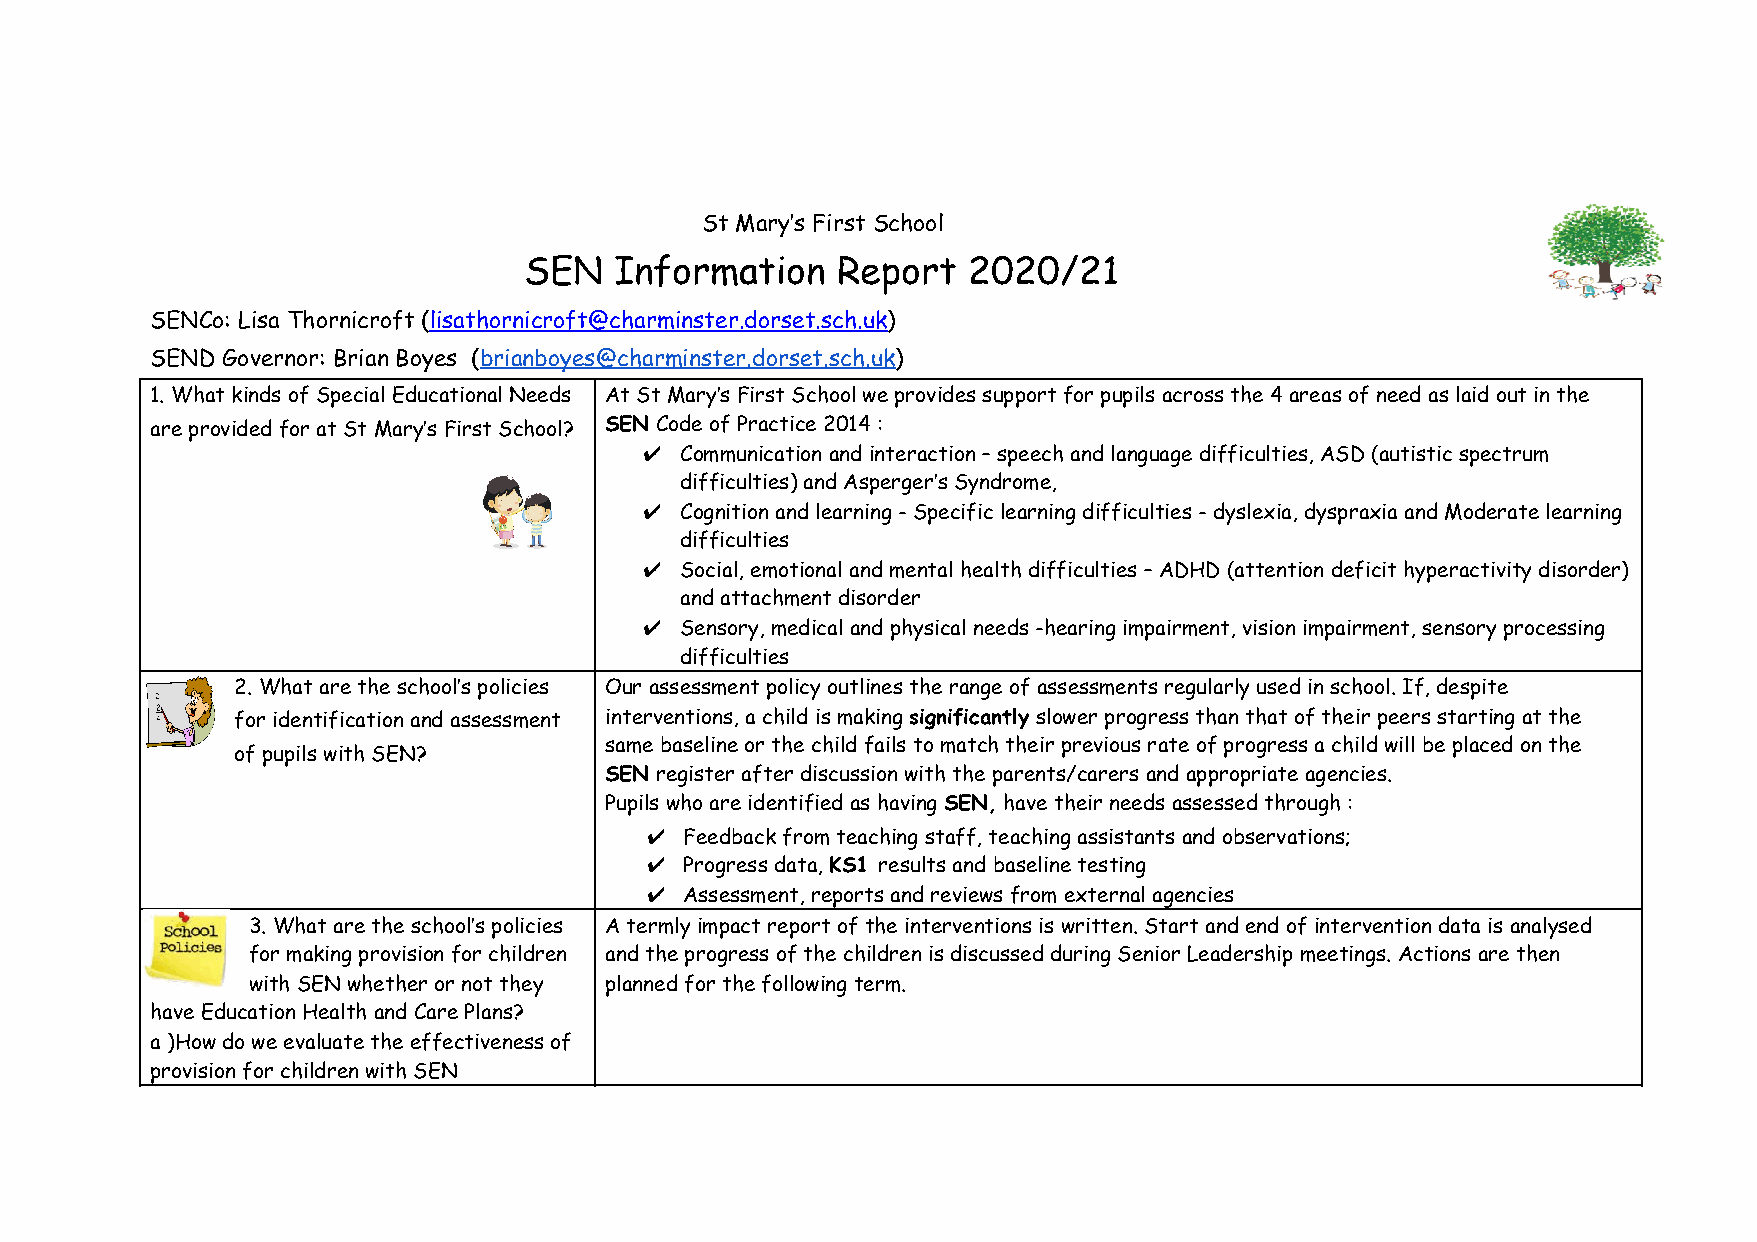
St Mary’s First School
 SEN   Information   Report   2020/21
 SENCo: Lisa Thornicroft (lisathornicroft@charminster.dorset.sch.uk)
 ​                              ​
 SEND Governor: Brian Boyes (brianboyes@charminster.dorset.sch.uk)
 ​                          ​
 1. What kinds of Special Educational Needs At St Mary’s First School we provides support for pupils across the 4 areas of need as laid out in the
 are provided for at St Mary’s First School? SEN ​ Code of Practice 2014 :
 ✔ Communication and interaction – speech and language difficulties, ASD (autistic spectrum
 difficulties) and Asperger’s Syndrome,
 ✔ Cognition and learning - Specific learning difficulties - dyslexia, dyspraxia and Moderate learning
 difficulties
 ✔ Social, emotional and mental health difficulties – ADHD (attention deficit hyperactivity disorder)
 and attachment disorder
 ✔ Sensory, medical and physical needs -hearing impairment, vision impairment, sensory processing
 difficulties
 2. What are the school’s policies Our assessment policy outlines the range of assessments regularly used in school. If, despite
 for identification and assessment interventions, a child is making significantly slower progress than that of their peers starting at the
 ​       ​
 same baseline or the child fails to match their previous rate of progress a child will be placed on the
 of pupils with SEN?
 SEN register after discussion with the parents/carers and appropriate agencies.
 ​
 Pupils who are identified as having SEN, have their needs assessed through :
 ​   ​
 ✔ Feedback from teaching staff, teaching assistants and observations;
 ✔ Progress data, KS1 results and baseline testing
 ​  ​
 ✔ Assessment, reports and reviews from external agencies
 3. What are the school’s policies A termly impact report of the interventions is written. Start and end of intervention data is analysed
 for making provision for children and the progress of the children is discussed during Senior Leadership meetings. Actions are then
 with SEN whether or not they planned for the following term.
 have Education Health and Care Plans?
 a )How do we evaluate the effectiveness of
 provision for children with SEN